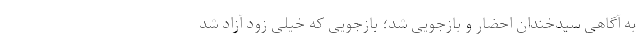
به آگاهی سیدخندان احضار و بازجویی شد؛ بازجویی که خیلی زود آزاد شد